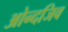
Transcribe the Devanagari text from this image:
ओन्दजिव